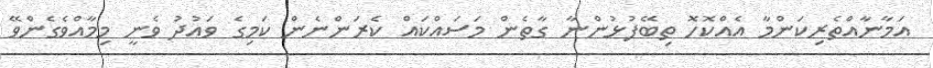
އަމާނާއްތެރިކަންމާ އެއްކޮހޮ ތިބޭފުޅުންނާ ގާތެން މަސައްކައް ކެރަންނެން ކަމިގެ ވައުދު ވެނީ މިމާއްވެގެންވޭ